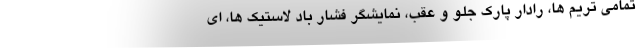
تمامی تریم ها، رادار پارک جلو و عقب، نمایشگر فشار باد لاستیک ها، ای